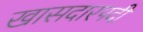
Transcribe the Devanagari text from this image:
खासदारपदी